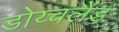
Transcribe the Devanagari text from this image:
डोय्चलैंड